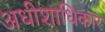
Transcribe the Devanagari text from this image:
अधीशाधिकार